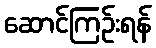
ဆောင်ကြဉ်းရန်